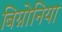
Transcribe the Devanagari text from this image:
बिग्नोनिया